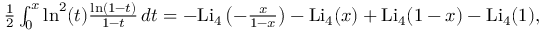
\begin{array} { r } { \frac { 1 } { 2 } \int _ { 0 } ^ { x } \ln ^ { 2 } ( t ) \frac { \ln ( 1 - t ) } { 1 - t } \, d t = - \mathrm { L i } _ { 4 } \left( - \frac { x } { 1 - x } \right) - \mathrm { L i } _ { 4 } ( x ) + \mathrm { L i } _ { 4 } ( 1 - x ) - \mathrm { L i } _ { 4 } ( 1 ) , } \end{array}